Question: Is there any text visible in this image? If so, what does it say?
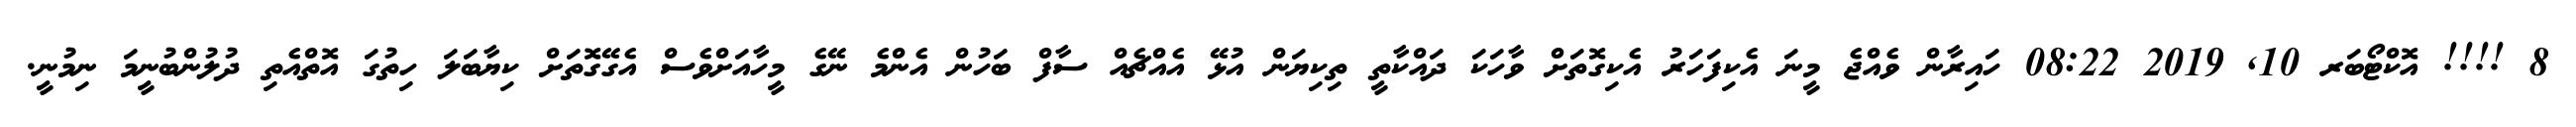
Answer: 8 !!!! އޮކްޓޯބަރ 10, 2019 08:22 ހައިރާން ވެއްޖެ މީނަ އެކިފަހަރު އެކިގޮތަށް ވާހަކަ ދައްކާތީ ތިކިޔަން އުޅޭ އެއްޗެއް ސާފް ބަހުން އެންމެ ނޭގެ މީހާއަށްވެސް އެގޭގޮތަށް ކިޔާބަލަ ހިތުގަ އޮތްއެތި ދުލުންބުނީމަ ނިމުނީ.